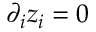
\partial _ { i } z _ { i } = 0